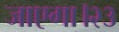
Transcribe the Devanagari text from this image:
जाएगा।२३